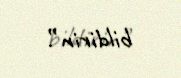
bildirin”.